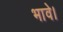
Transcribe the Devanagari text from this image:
भावे।